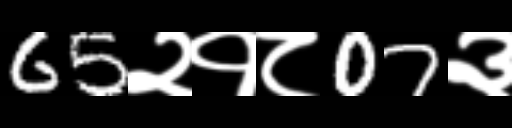
Text: 65२१८07३